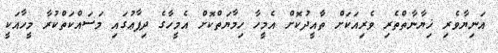
އަނިޔާވެރި ޚިޔާނާތްތެރި ވެރިއަކަށް ތާއީދުކޮށް އެމީހާ ހިމާޔަތްކޮށް އެމީހާގެ ދިފާޢުގައި މަސައްކަތްކުރާ މީހާއަކީ